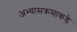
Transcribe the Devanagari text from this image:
अभ्यासक्रमाकडे